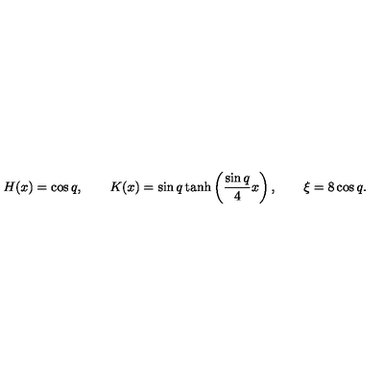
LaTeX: H ( x ) = \cos q , \qquad K ( x ) = \sin q \tanh \left( \frac { \sin q } { 4 } x \right) , \qquad \xi = 8 \cos q .